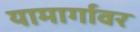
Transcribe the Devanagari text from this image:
यामार्गावर